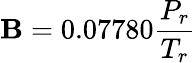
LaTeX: \mathbf{B}=0.07780{\frac{{P_{r}}}{{T_{r}}}}